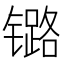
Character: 𲈝